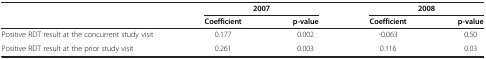
<table><thead><tr><td><b> </b></td><td colspan="2"><b>2007</b></td><td colspan="2"><b>2008</b></td></tr><tr><td><b> </b></td><td><b>Coefficient</b></td><td><b>p-value</b></td><td><b>Coefficient</b></td><td><b>p-value</b></td></tr></thead><tbody><tr><td>Positive RDT result at the concurrent study visit</td><td>0.177</td><td>0.002</td><td>-0.063</td><td>0.50</td></tr><tr><td>Positive RDT result at the prior study visit</td><td>0.261</td><td>0.003</td><td>0.116</td><td>0.03</td></tr></tbody></table>